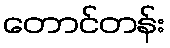
တောင်တန်း